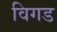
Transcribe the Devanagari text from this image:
विगड